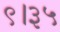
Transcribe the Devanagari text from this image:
९।३५